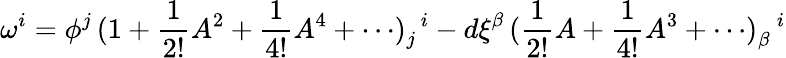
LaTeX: \omega^{i}=\phi^{j}\, (\mathrm{1}+\frac{1}{2!}A^{2}+\frac{1}{4!}A^{4}+\cdots)_{j}^{\, \, \, i}-d\xi^{\beta}\, (\frac{1}{2!}A+\frac{1}{4!}A^{3}+\cdots)_{\beta}^{\, \, \, \, i}